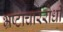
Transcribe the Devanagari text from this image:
भ्रष्टाचाररोधी